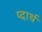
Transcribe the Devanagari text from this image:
प्दार्थ